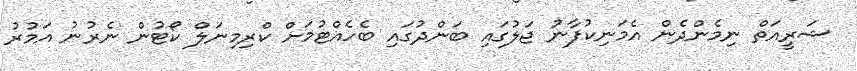
ޝަރީއަތް ނިމެންދެން އެމަނިކުފާނު ޖަލުގައި ބަންދުގައި ބެހެއްޓުމަށް ކްރިމިނަލް ކޯޓުން ނެރުނު އަމުރު